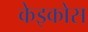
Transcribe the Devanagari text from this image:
केइकोस